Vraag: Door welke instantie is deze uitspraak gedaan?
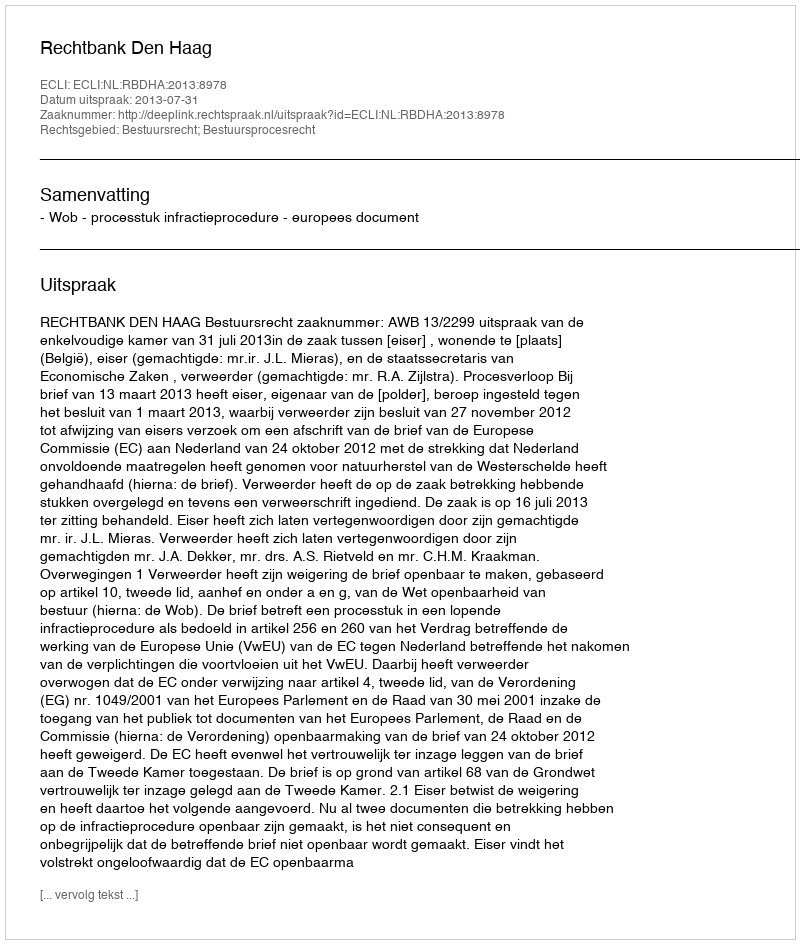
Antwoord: Rechtbank Den Haag